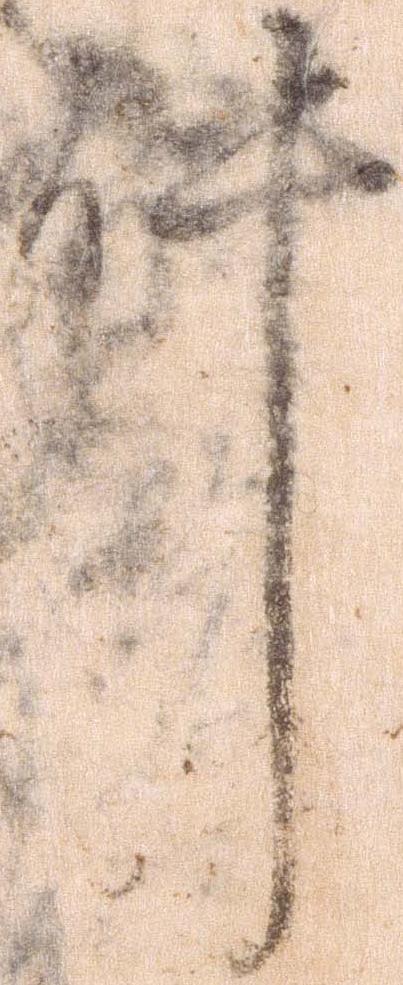
件